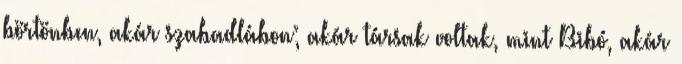
börtönben, akár szabadlábon; akár társak voltak, mint Bibó, akár